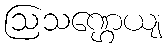
ဩသဏ္ဌေယျ